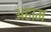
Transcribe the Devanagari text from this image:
अहाम